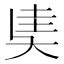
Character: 奊